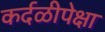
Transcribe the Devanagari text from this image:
कर्दळीपेक्षा